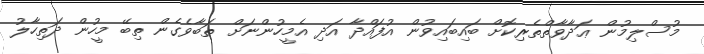
މުސްލިމުން ޢަދާވާތްތެރިކޮށް ބައިބައިވުން އުފައްދާ އަދި އެމީހުންނަށް ތަބާވެގެން ތިބޭ މީހުން ދަތިހާލު